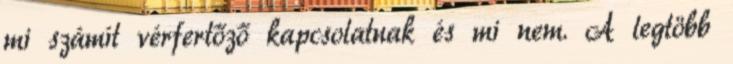
mi számít vérfertőző kapcsolatnak és mi nem. A legtöbb